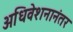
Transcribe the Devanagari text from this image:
अधिवेशनानंतर